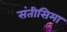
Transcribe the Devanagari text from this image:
संतीसिमा